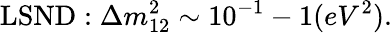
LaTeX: \mathrm{LSND}:\Delta m_{12}^{2}\sim 10^{-1}-1(eV^{2}).